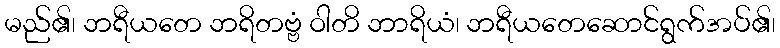
မည်၏၊ ဘရီယတေ ဘရိတဗ္ဗံ ဝါတိ ဘာရိယံ၊ ဘရီယတေဆောင်ရွက်အပ်၏၊